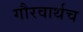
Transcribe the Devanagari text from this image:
गौरवार्थच